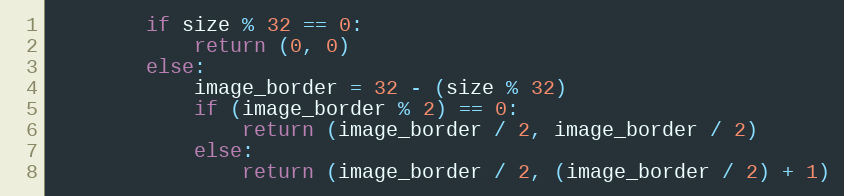
Language: Python
        if size % 32 == 0:
            return (0, 0)
        else:
            image_border = 32 - (size % 32)
            if (image_border % 2) == 0:
                return (image_border / 2, image_border / 2)
            else:
                return (image_border / 2, (image_border / 2) + 1)